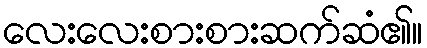
လေးလေးစားစားဆက်ဆံ၏။